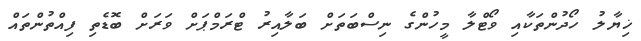
ޚިޔާލު ހޯދުންތަކާއި ވޯޓްލާ މީހުންގެ ނިސްބަތަށް ބަލާއިރު ޓްރަމްޕަށް ވަރަށް ބޮޑެތި ފިއްތުންތައް